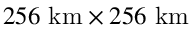
2 5 6 \ \mathrm { k m } \times 2 5 6 \ \mathrm { k m }